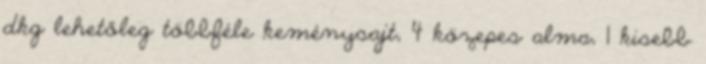
dkg lehetőleg többféle keménysajt, 4 közepes alma, 1 kisebb